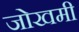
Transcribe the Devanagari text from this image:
जोखमी